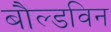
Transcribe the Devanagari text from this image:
बौल्डविन